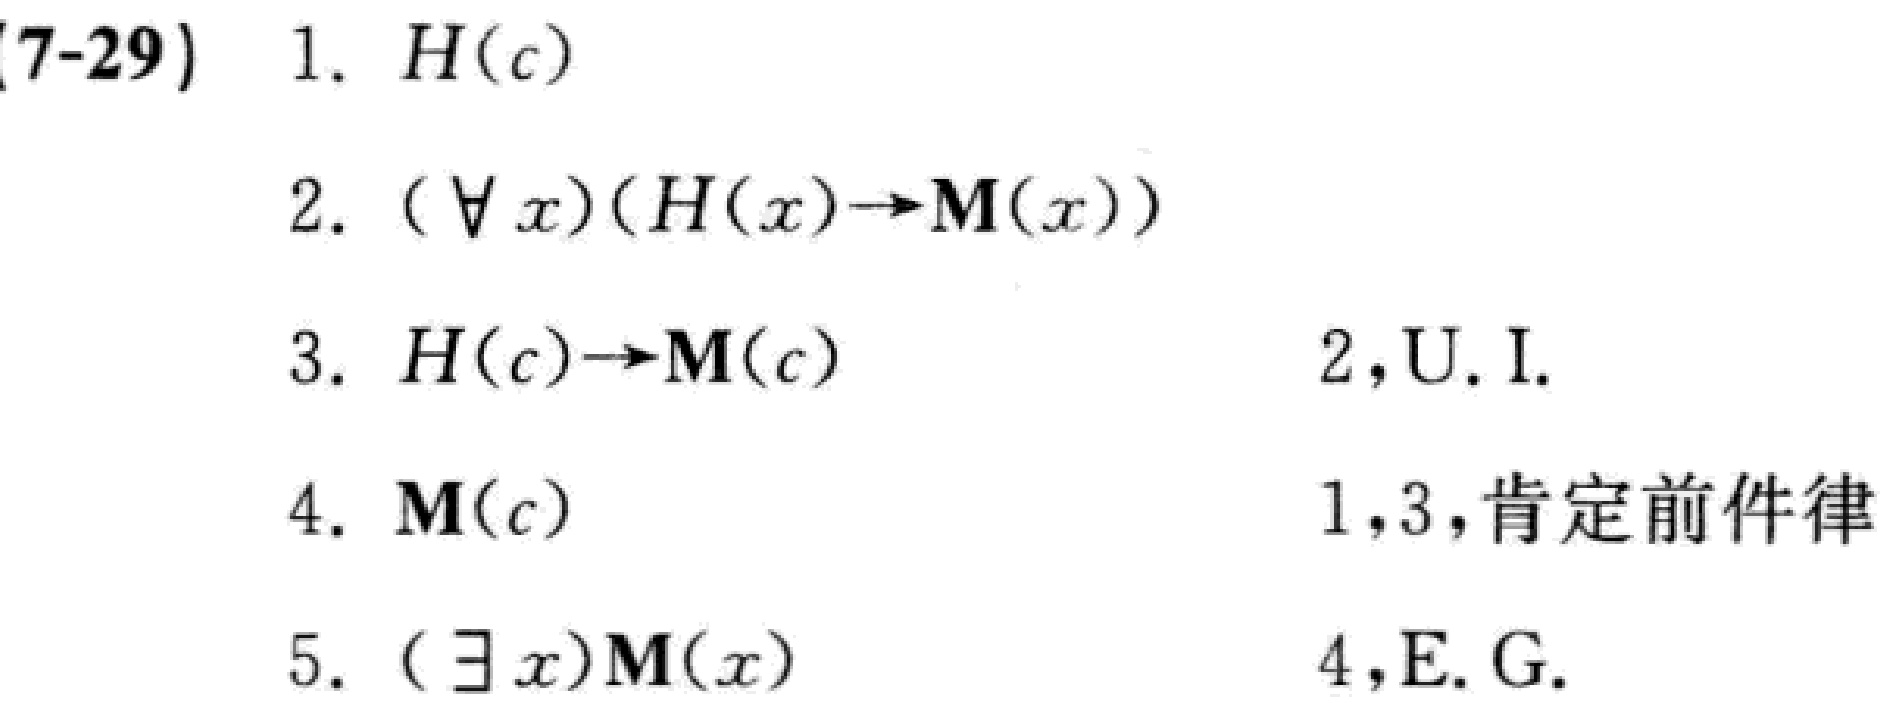
\begin{align*}
&(7 - 29)\quad1.\quad H(c)\\
&2.\quad(\forall x)(H(x)\to M(x))\\
&3.\quad H(c)\to M(c)\quad\quad\quad\quad2,\text{U.I.}\\
&4.\quad M(c)\quad\quad\quad\quad\quad\quad1,3,\text{肯定前件律}\\
&5.\quad(\exists x)M(x)\quad\quad\quad\quad\ 4,\text{E.G.}
\end{align*}